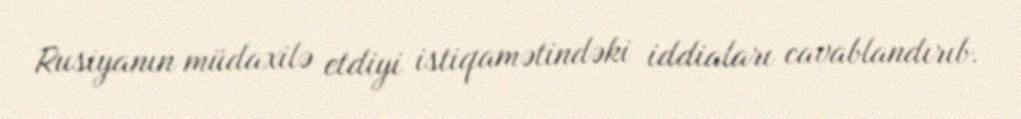
Rusiyanın müdaxilə etdiyi istiqamətindəki iddiaları cavablandırıb.